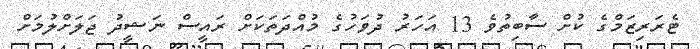
ޓެރަރިޒަމްގެ ކުށް ސާބިތުވެ 13 އަހަރު ދުވަހުގެ މުއްދަތަކަށް ރައީސް ނަޝީދު ޖަލަށްލުމަށް